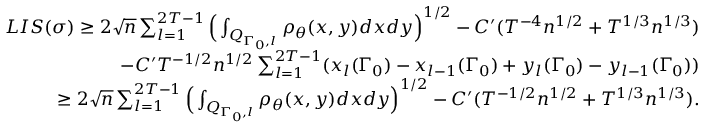
\begin{array} { r l r } & { } & { L I S ( \sigma ) \geq 2 \sqrt { n } \sum _ { l = 1 } ^ { 2 T - 1 } \Big ( \int _ { Q _ { \Gamma _ { 0 } , l } } \rho _ { \theta } ( x , y ) d x d y \Big ) ^ { 1 \slash 2 } - C ^ { \prime } ( T ^ { - 4 } n ^ { 1 \slash 2 } + T ^ { 1 \slash 3 } n ^ { 1 \slash 3 } ) } \\ & { } & { \quad \quad - C ^ { \prime } T ^ { - 1 \slash 2 } n ^ { 1 \slash 2 } \sum _ { l = 1 } ^ { 2 T - 1 } ( x _ { l } ( \Gamma _ { 0 } ) - x _ { l - 1 } ( \Gamma _ { 0 } ) + y _ { l } ( \Gamma _ { 0 } ) - y _ { l - 1 } ( \Gamma _ { 0 } ) ) } \\ & { } & { \geq 2 \sqrt { n } \sum _ { l = 1 } ^ { 2 T - 1 } \Big ( \int _ { Q _ { \Gamma _ { 0 } , l } } \rho _ { \theta } ( x , y ) d x d y \Big ) ^ { 1 \slash 2 } - C ^ { \prime } ( T ^ { - 1 \slash 2 } n ^ { 1 \slash 2 } + T ^ { 1 \slash 3 } n ^ { 1 \slash 3 } ) . } \end{array}